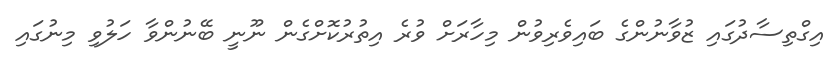
އިގްތިސާދުގައި ޒުވާނުންގެ ބައިވެރިވުން މިހާރަށް ވުރެ އިތުރުކޮށްގެން ނޫނީ ބޭނުންވާ ހަލުވި މިނުގައި